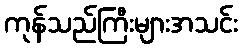
ကုန်သည်ကြီးများအသင်း